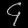
Digit: ၄